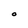
Character: O